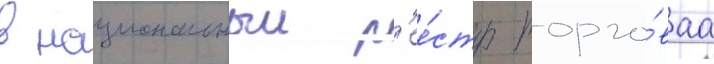
в национальныи р'ее́стр торго́ваа